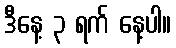
ဒီနေ့ ၃ ရက် နေ့ပါ။